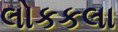
લોકકલા